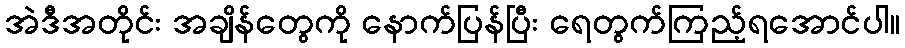
အဲဒီအတိုင်း အချိန်တွေကို နောက်ပြန်ပြီး ရေတွက်ကြည့်ရအောင်ပါ။